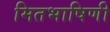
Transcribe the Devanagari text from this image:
मितभाषिणी